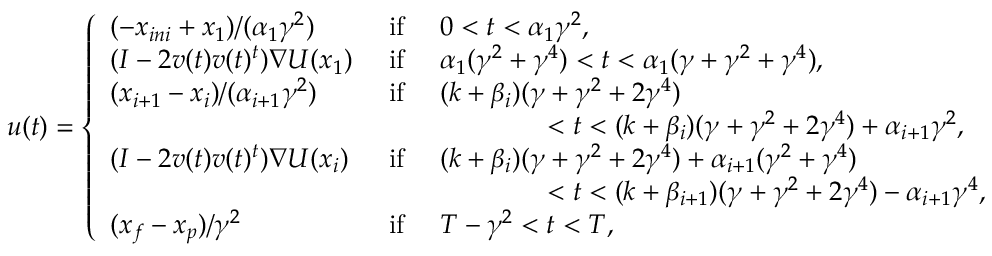
u ( t ) = \left\{ \begin{array} { l l l } { ( - x _ { i n i } + x _ { 1 } ) / ( \alpha _ { 1 } \gamma ^ { 2 } ) } & { \mathrm { ~ i f ~ } } & { 0 < t < \alpha _ { 1 } \gamma ^ { 2 } , } \\ { ( I - 2 v ( t ) v ( t ) ^ { t } ) \nabla U ( x _ { 1 } ) } & { \mathrm { ~ i f ~ } } & { \alpha _ { 1 } ( \gamma ^ { 2 } + \gamma ^ { 4 } ) < t < \alpha _ { 1 } ( \gamma + \gamma ^ { 2 } + \gamma ^ { 4 } ) , } \\ { ( x _ { i + 1 } - x _ { i } ) / ( \alpha _ { i + 1 } \gamma ^ { 2 } ) } & { \mathrm { ~ i f ~ } } & { ( k + \beta _ { i } ) ( \gamma + \gamma ^ { 2 } + 2 \gamma ^ { 4 } ) } \\ & & { \qquad \qquad < t < ( k + \beta _ { i } ) ( \gamma + \gamma ^ { 2 } + 2 \gamma ^ { 4 } ) + \alpha _ { i + 1 } \gamma ^ { 2 } , } \\ { ( I - 2 v ( t ) v ( t ) ^ { t } ) \nabla U ( x _ { i } ) } & { \mathrm { ~ i f ~ } } & { ( k + \beta _ { i } ) ( \gamma + \gamma ^ { 2 } + 2 \gamma ^ { 4 } ) + \alpha _ { i + 1 } ( \gamma ^ { 2 } + \gamma ^ { 4 } ) } \\ & & { \qquad \qquad < t < ( k + \beta _ { i + 1 } ) ( \gamma + \gamma ^ { 2 } + 2 \gamma ^ { 4 } ) - \alpha _ { i + 1 } \gamma ^ { 4 } , } \\ { ( x _ { f } - x _ { p } ) / \gamma ^ { 2 } } & { \mathrm { ~ i f ~ } } & { T - \gamma ^ { 2 } < t < T , } \end{array} \right.